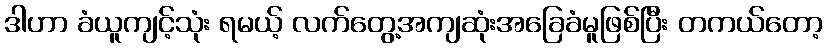
ဒါဟာ ခံယူကျင့်သုံး ရမယ့် လက်တွေ့အကျဆုံးအခြေခံမူဖြစ်ပြီး တကယ်တော့